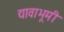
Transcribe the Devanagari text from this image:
द्यावाभूमी